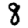
Digit: 8